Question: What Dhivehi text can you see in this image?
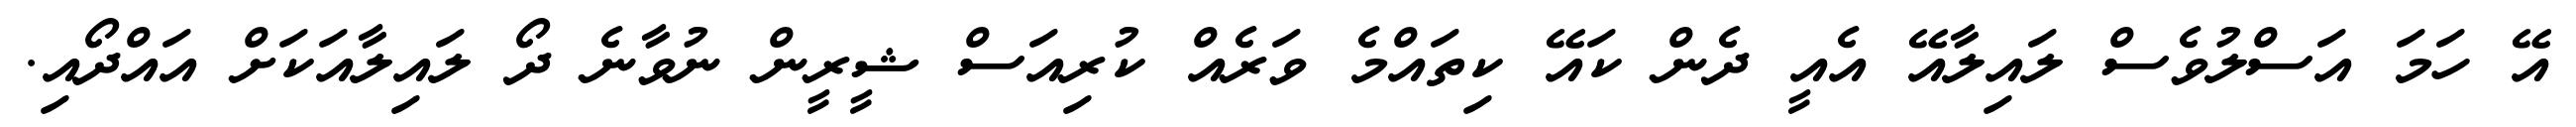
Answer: އޭ ހަމަ އަސްލުވެސް ލައިލާއޭ އެއީ ދެން ކައޭ ކިތައްމެ ވަރެއް ކުރިއަސް ޝީރީން ނުވާނެ ދޯ ލައިލާއަކަށް އައްދޯއި.